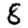
Digit: 8